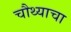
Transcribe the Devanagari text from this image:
चौथ्याचा